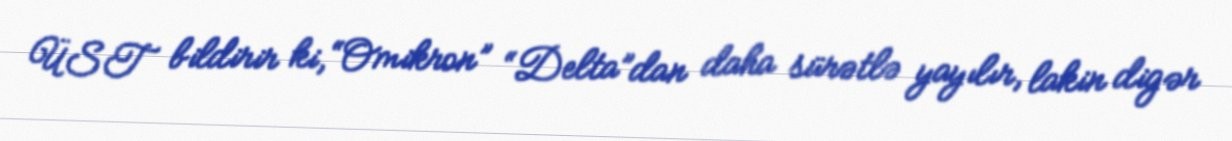
ÜST bildirir ki, “Omikron” “Delta”dan daha sürətlə yayılır, lakin digər